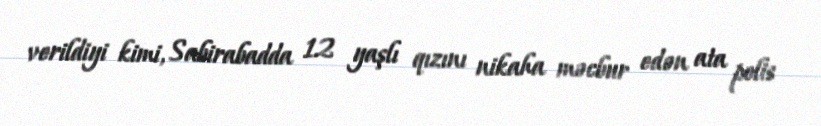
verildiyi kimi, Sabirabadda 12 yaşlı qızını nikaha məcbur edən ata polis